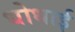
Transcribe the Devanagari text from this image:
धोधाई